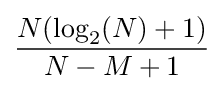
{\frac {N(\log _{2}(N)+1)}{N-M+1}}